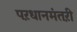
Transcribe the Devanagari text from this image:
पऱधानमंतऱी